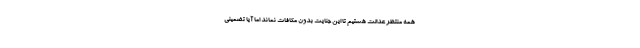
همه منتظر عدالت هستیم تا این جنایت بدون مکافات نماند اما آیا تضمینی